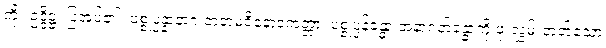
ကို။ ဥဒ္ဒိဋ္ဌံ၊ ပြအပ်၏။ ပစ္စုပ္ပန္နာနာဂ တတမဝိနောဒကတ္တာ၊ ပစ္စုပ္ပန်ခန္ဓာ အနာဂတ်ခန္ဓာကို ဖုံးလွှမ်းတတ်သော